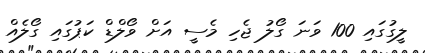
ލީގުގައި 100 ވަނަ ގޯލު ޖެހި މެސީ އަށް ވޯލްޑް ކަޕުގައި ގޯލެއް